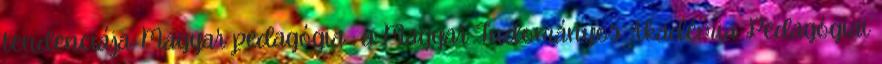
tendenciája. Magyar pedagógia : a Magyar Tudományos Akadémia Pedagógiai